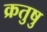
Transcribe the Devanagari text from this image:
क्रतुषु